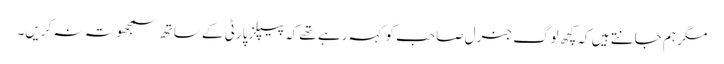
مگر ہم جانتے ہیں کہ کچھ لوگ جنرل صاحب کو کہہ رہے تھے کہ پیپلز پارٹی کے ساتھ سمجھوتہ نہ کریں۔